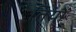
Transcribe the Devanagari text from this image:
तियों